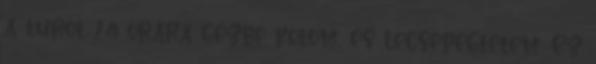
a túrót 24 órára gézbe kötöm, és lecsepegtetem. Ez